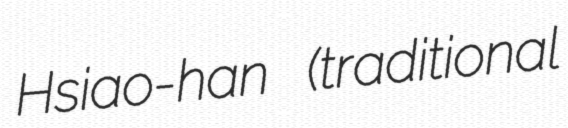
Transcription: Hsiao-han (traditional